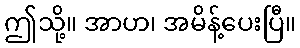
ဤသို့။ အာဟ၊ အမိန့်ပေးပြီ။